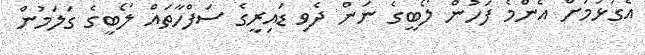
އެގުޅުމަށް އެންމެ ފަހުން ލޯބީގެ ނަން ދެވި ޑައިރީގެ ސަފްހާތައް ލޯބީގެ ގަލަމުން